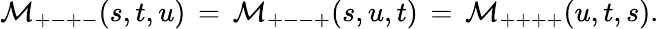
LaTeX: {\cal M}_{+-+-}(s,t,u)\, =\, {\cal M}_{+--+}(s,u,t)\, =\, {\cal M}_{++++}(u,t,s).